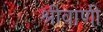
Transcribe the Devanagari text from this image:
श्रीवाणी